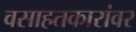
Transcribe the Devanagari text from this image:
वसाहतकारांवर